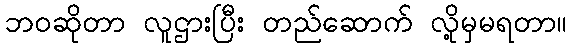
ဘဝဆိုတာ လူဌားပြီး တည်ဆောက် လို့မှမရတာ။